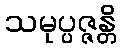
သမုပ္ပဇ္ဇန္တိ